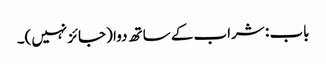
باب : شراب کے ساتھ دوا (جائز نہیں)۔